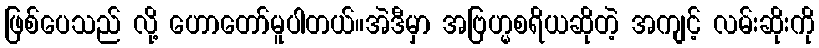
ဖြစ်ပေသည် လို့ ဟောတော်မူပါတယ်။အဲဒီမှာ အဗြဟ္မစရိယဆိုတဲ့ အကျင့် လမ်းဆိုးကို